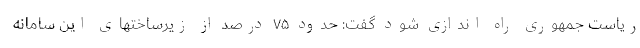
ریاست جمهوری راه اندازی شود گفت: حدود ۷۵ درصد از زیرساختهای این سامانه